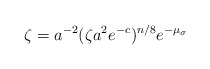
\begin{align*}\zeta=a^{-2}(\zeta a^2e^{-c})^{n/8}e^{-\mu_\sigma}\end{align*}